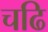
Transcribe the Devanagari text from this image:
चढि